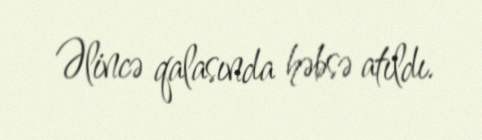
Əlincə qalasında həbsə atıldı.